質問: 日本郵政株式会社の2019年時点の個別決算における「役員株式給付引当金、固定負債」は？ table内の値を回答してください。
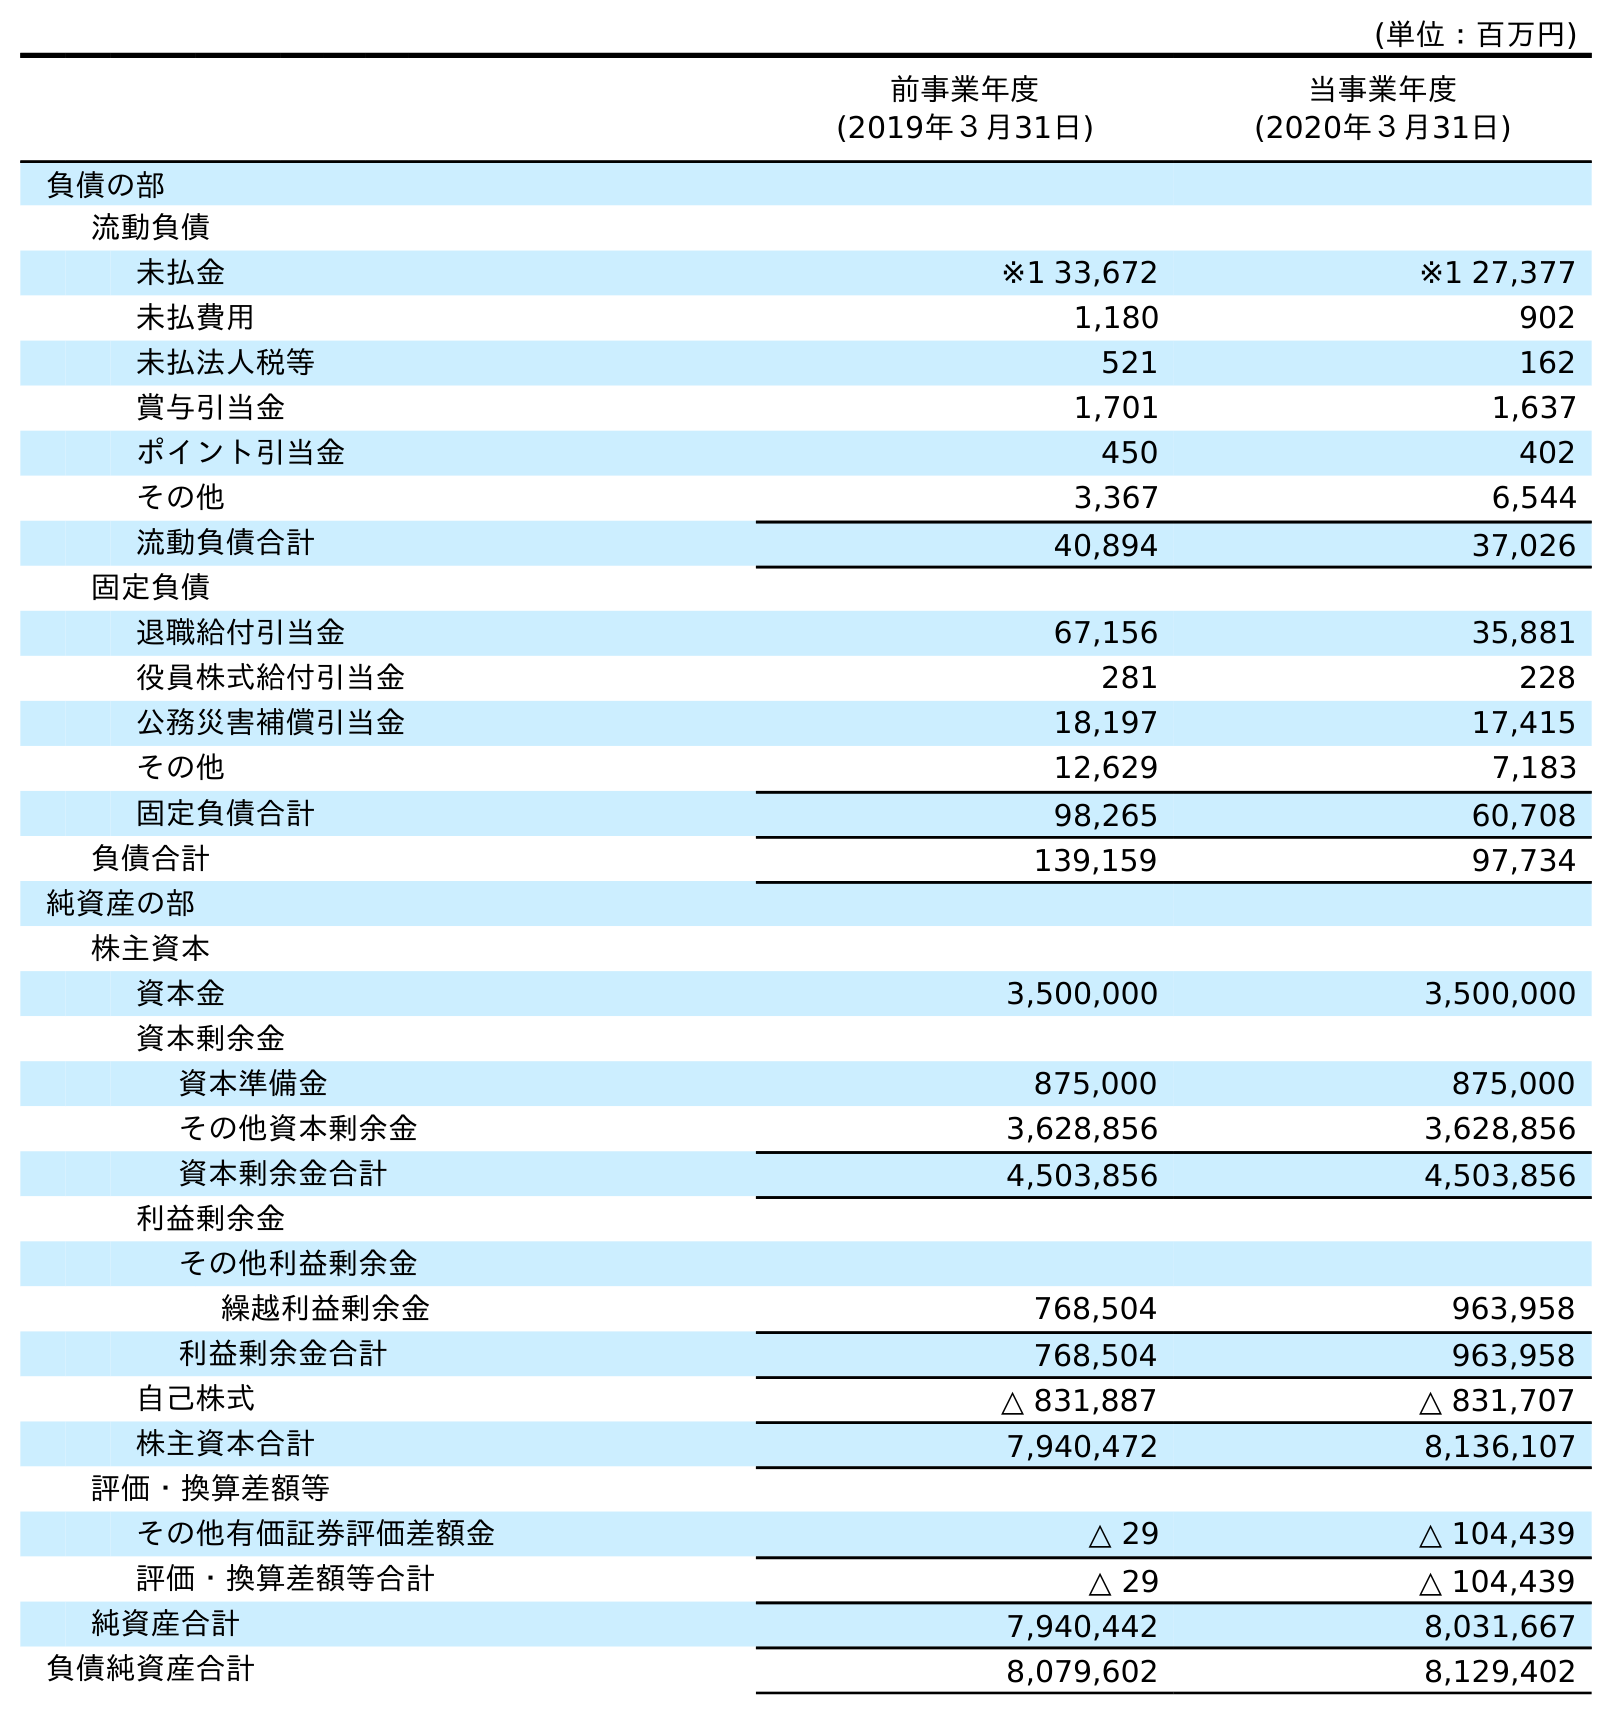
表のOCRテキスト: (単位：百万円) 前事業年度 (2019年３月31日) 当事業年度 (2020年３月31日) 負債の部 流動負債 未払金 ※1 33,672 ※1 27,377 未払費用 1,180 902 未払法人税等 521 162 賞与引当金 1,701 1,637 ポイント引当金 450 402 その他 3,367 6,544 流動負債合計 40,894 37,026 固定負債 退職給付引当金 67,156 35,881 役員株式給付引当金 281 228 公務災害補償引当金 18,197 17,415 その他 12,629 7,183 固定負債合計 98,265 60,708 負債合計 139,159 97,734 純資産の部 株主資本 資本金 3,500,000 3,500,000 資本剰余金 資本準備金 875,000 875,000 その他資本剰余金 3,628,856 3,628,856 資本剰余金合計 4,503,856 4,503,856 利益剰余金 その他利益剰余金 繰越利益剰余金 768,504 963,958 利益剰余金合計 768,504 963,958 自己株式 △ 831,887 △ 831,707 株主資本合計 7,940,472 8,136,107 評価・換算差額等 その他有価証券評価差額金 △ 29 △ 104,439 評価・換算差額等合計 △ 29 △ 104,439 純資産合計 7,940,442 8,031,667 負債純資産合計 8,079,602 8,129,402
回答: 281